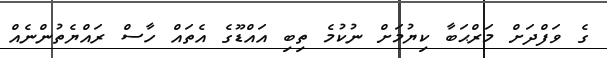
ގެ ވަފްދަށް މަރްޙަބާ ކިޔުމަށް ނުކުމެ ތިބި އައްޑޫގެ އެތައް ހާސް ރައްޔެތުންނެއް